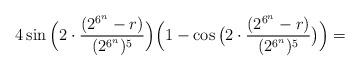
LaTeX: \begin{align*} 4 \sin{\Big(2 \cdot \frac{(2^{6^n}-r)}{(2^{6^n})^5}\Big)}\Big(1-\cos{\big(2 \cdot \frac{(2^{6^n}-r)}{(2^{6^n})^5}\big)}\Big)= \end{align*}